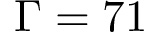
\Gamma = 7 1